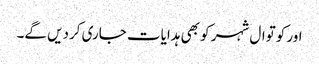
اور کوتوال شہر کو بھی ہدایات جاری کردیں گے۔